Indian journal of veterinary science and animal husbandry - Volume 2,
Year: 1932
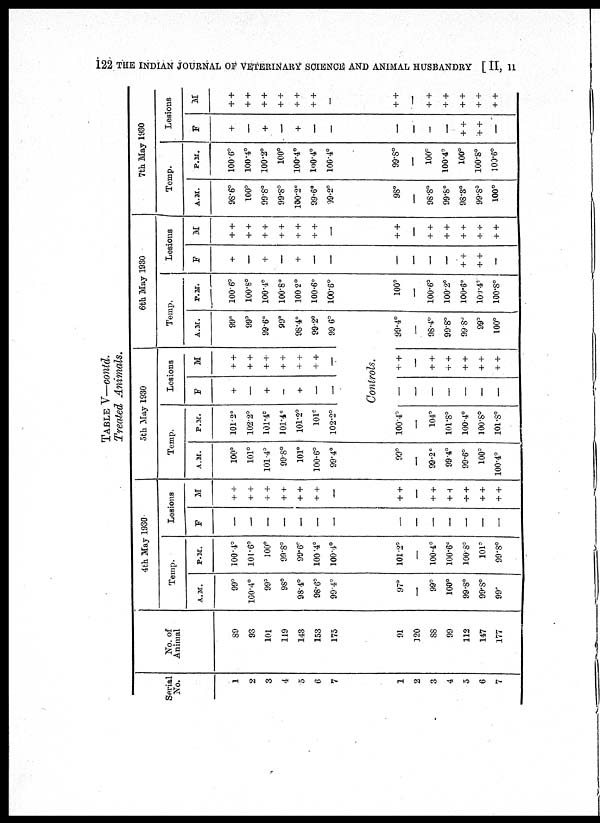
122 THE INDIAN JOURNAL OF VETERINARY SCIENCE AND ANIMAL HUSBANDRY [ II, 11
TABLE V—contd.
Treated Animals.
Serial
No.
1
2
3
4
5
6
7
No. of
Animal
89
93
101
119
143
153
175
4th May 1930
Temp.
A.M.
99°
100.4°
99°
98°
98.4°
98.6°
99.4°
P.M.
100.4°
101.6°
100°
99.8°
99.6°
100.4°
100.4°
Lesions
F
—
—
—
—
—
—
—
M
+ +
+ +
+ +
+ +
+ +
+ +
—
5th May 1930
Temp.
A.M.
100°
101°
101.4°
99.8°
101°
100.6°
99.4°
1
2
3
4
5
6
7
91
120
88
99
112
147
177
97°
—
99°
100°
99.8°
99.8°
99°
101.2°
—
100.4°
100.6°
100.8°
101°
99.8°
—
—
—
—
—
—
—
+ +
—
+ +
+ +
+ +
+ +
+ +
99°
—
99.2°
99.4°
99.6°
100°
100.4°
P.M.
101.2°
102.2°
101.4°
101.4°
101.2°
101°
102.2°
Lesions
F
+
—
+
—
+
—
—
M
+ +
+ +
+ +
+ +
+ +
+ +
—
6th May 1930
Temp.
A.M.
99°
99°
99.6°
99°
98.4°
99.2°
99.6°
Controls.
100.4°
—
104°
101.8°
100.4°
100.8°
101.8°
—
—
—
—
—
—
—
+ +
—
+ +
+ +
+ +
+ +
+ +
99.4°
—
98.4°
99.8°
99.8°
99°
100°
P.M.
1006°
100.8°
100.4°
100.8°
100 2°
100.6°
100.6°
Lesions
F
+
—
+
—
+
—
—
M
+ +
+ +
+ +
+ +
+ +
+ +
—
7th May 1930
Temp.
A.M.
98.6°
100°
99.8°
99.8°
100.2°
99.6°
39.2°
P.M.
100.6°
100.4°
100.2°
100°
100.4°
l00.4°
100.4°
Lesions
F
+
—
+
—
+
—
—
M
+ +
+ +
+ +
+ +
+ +
+ +
—
100°
—
100.6°
100.2°
100.6°
100.4°
100.8°
—
—
—
—
+ +
+ +
—
+ +
—
+ +
+ +
+ +
+ +
+ +
98°
—
98.8°
99.8°
98.3°
99.8°
100°
99.8°
—
100°
100.4°
100°
100.8°
100.6°
—
—
—
—
+ +
+ +
—
+ +
—
+ +
+ +
+ +
+ +
+ +